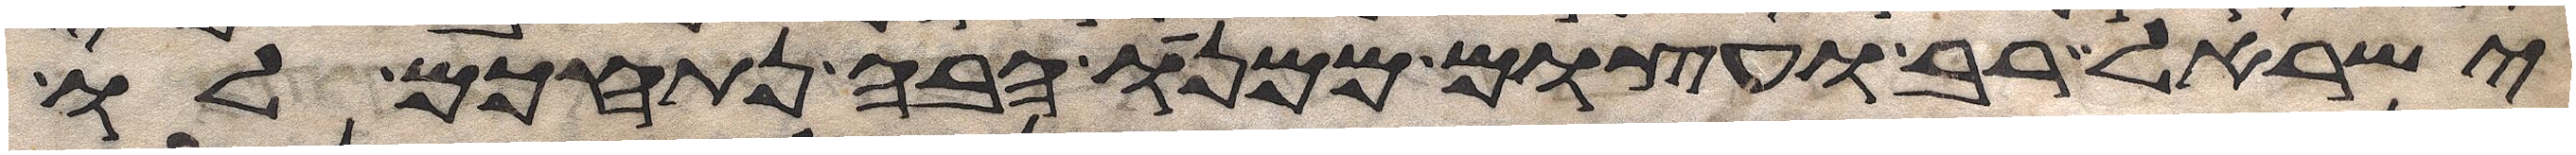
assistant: ישראל רב ועצום ממנו הבה נתחכם לו